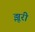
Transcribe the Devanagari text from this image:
झूरी